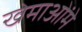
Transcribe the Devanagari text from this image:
खेमाओंमे